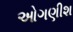
ઓગણીશ